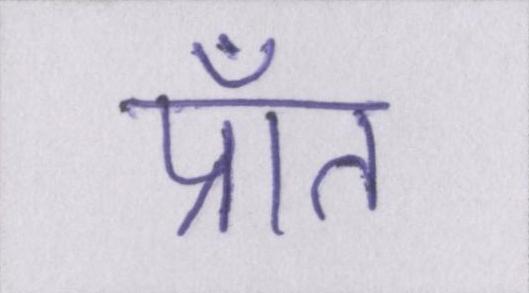
प्राँत